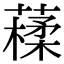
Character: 𦽩